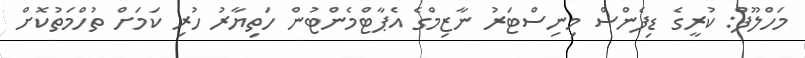
މަހްލޫފް: ކުރީގެ ޑިފެންސް މިނިސްޓަރު ނާޒިމްގެ އެޕާޓްމެންޓުން ހަތިޔާރު ހުރި ކަމަށް ތުހްމަތުކޮށް